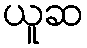
ယူဆ